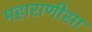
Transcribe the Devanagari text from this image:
महाराणीसा